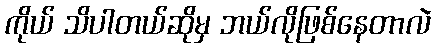
ကိုယ် သိပါတယ်ဆိုမှ ဘယ်လိုဖြစ်နေတာလဲ